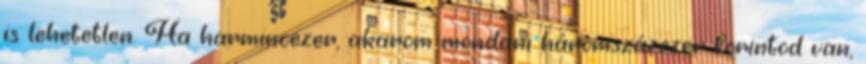
is lehetetlen. Ha harmincezer, akarom mondani háromszázezer forintod van,